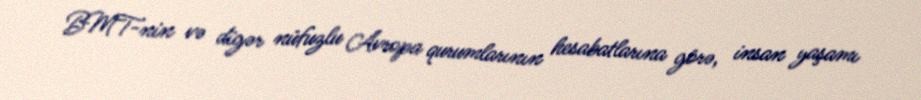
BMT-nin və digər nüfuzlu Avropa qurumlarının hesabatlarına görə, insan yaşamı